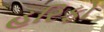
હરિફો